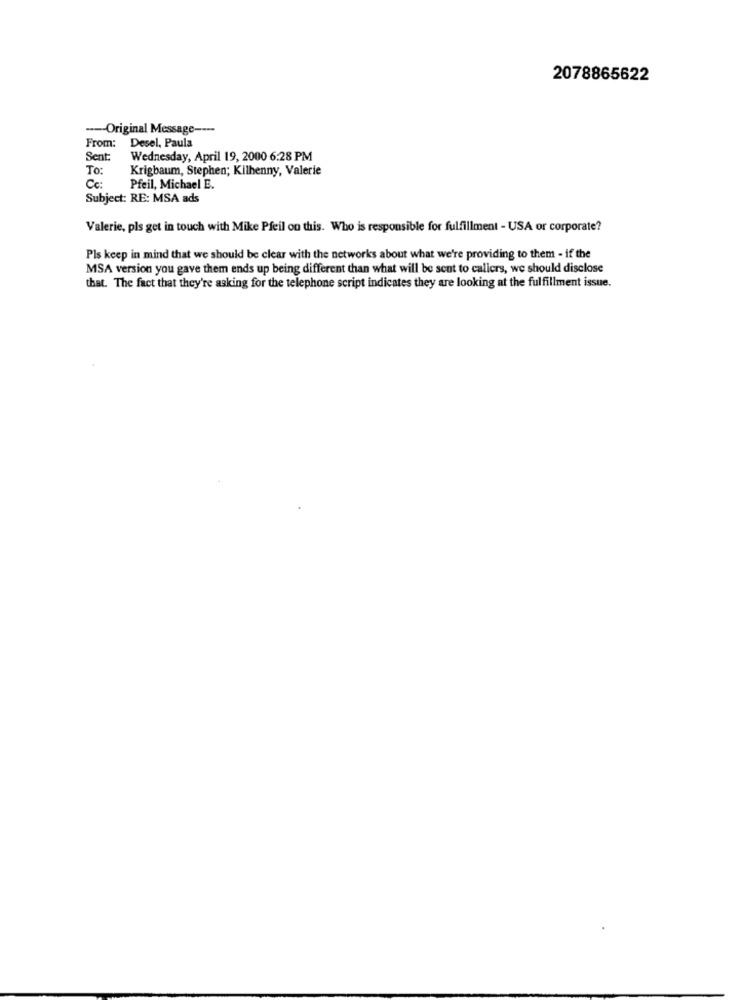
2078865622
---- Original Message ----
Desel, Paula
From:
Sent:
Wednesday, April 19, 2000 6:28 PM
To:
Krigbaum, Stephen; Kilhenny, Valerie
Cc:
Pfeil, Michael E.
Subject: RE: MSA ads
Valerie, pls get in touch with Mike Pfeil on this. Who is responsible for fulfillment - USA or corporate?
Pls keep in mind that we should be clear with the networks about what we're providing to them - if the
MSA version you gave them ends up being different than what will be sent to callers, we should disclose
that. The fact that they're asking for the telephone script indicates they are looking at the fulfillment issue.